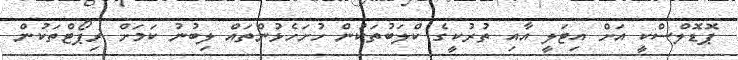
ޕޮޑޮލްސްކީ އަށް އިޓަލީ އާއި ތުރުކީގެ ކްލަބުތަކުން ހުށަހެޅުންތައް ލިބުނު ކަމަށް ރިޕޯޓްތަކުން